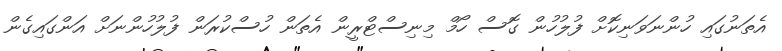
އެތަނުގައި ހުންނަވަނިކޮށް ފުލުހުން ގޮސް ހޯމް މިނިސްޓްރީން އެތަން ހުސްކުރަން ފުލުހުންނަށް އަންގައިގެން